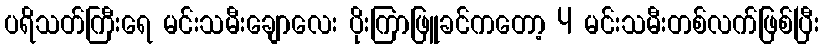
ပရိသတ်ကြီးရေ မင်းသမီးချောလေး ပိုးကြာဖြူခင်ကတော့ 4 မင်းသမီးတစ်လက်ဖြစ်ပြီး